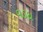
વડદા